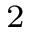
^ 2